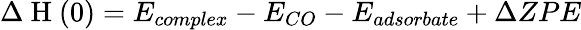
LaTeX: \Delta\mathrm{~H~}(0)=E_{complex}-E_{CO}-E_{adsorbate}+\Delta ZPE